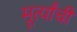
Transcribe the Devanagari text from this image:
मूर्त्यांची